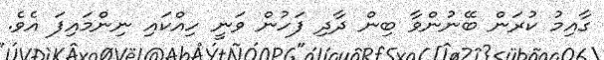
ގާއިމު ކުރަން ބޭނުންވާ ބިން ދާދި ފަހުން ވަނީ ހިއްކައި ނިންމައިފަ އެވެ.